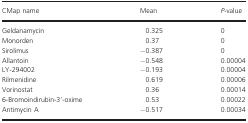
| CMap name | Mean | P‐value |
 | --- | --- | --- |
 | Geldanamycin | 0.325 | 0 |
 | Monorden | 0.37 | 0 |
 | Sirolimus | −0.387 | 0 |
 | Allantoin | −0.548 | 0.00004 |
 | LY‐294002 | −0.193 | 0.00004 |
 | Rilmenidine | 0.619 | 0.00006 |
 | Vorinostat | 0.36 | 0.00014 |
 | 6‐Bromoindirubin‐3’‐oxime | 0.53 | 0.00022 |
 | Antimycin A | −0.517 | 0.00034 |